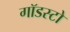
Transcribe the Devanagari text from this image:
गॉडस्टो